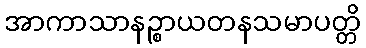
အာကာသာနဉ္စာယတနသမာပတ္တိ